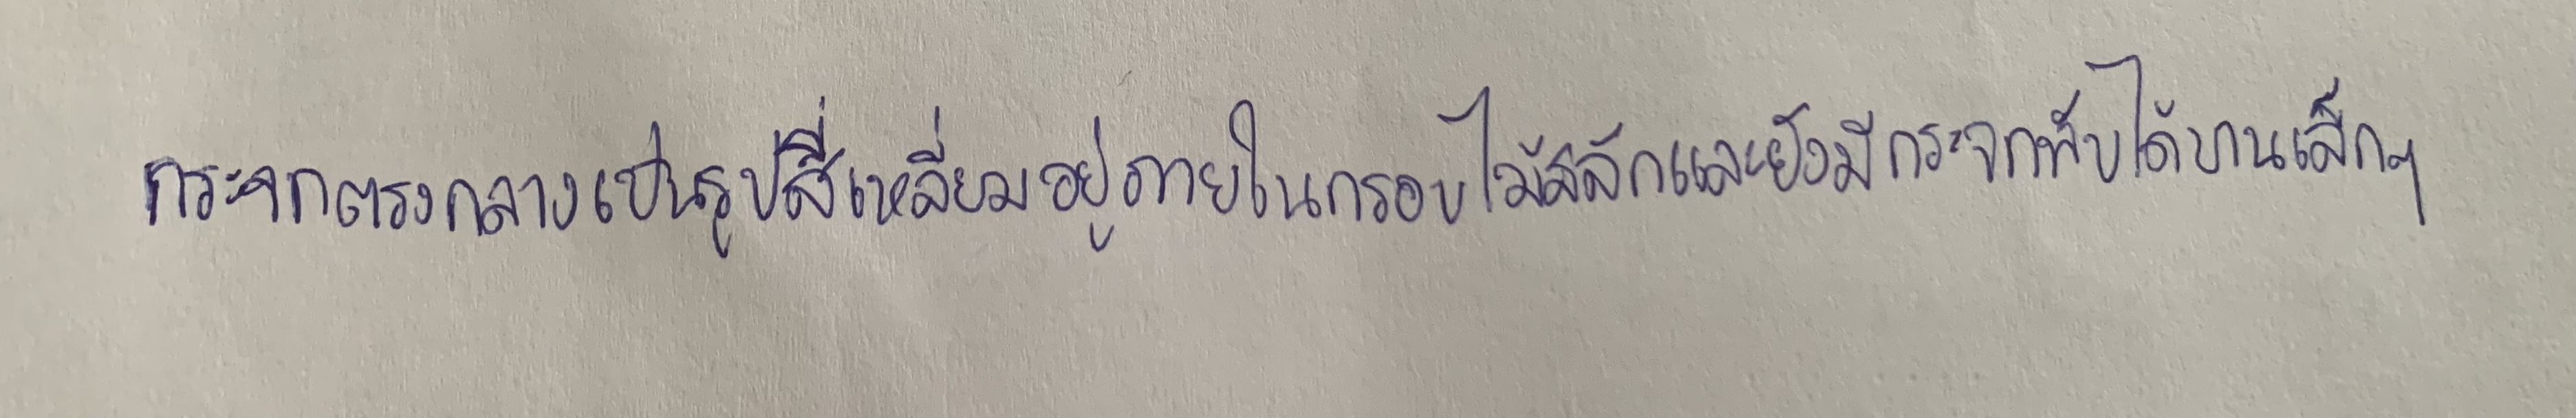
กระจกตรงกลางเป็นรูปสี่เหลี่ยมอยู่ภายในกรอบไม้สลักและยังมีกระจกพับได้บานเล็กๆ